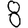
Digit: 8